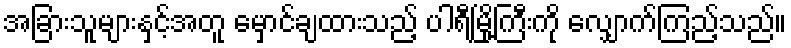
အခြားသူများနှင့်အတူ မှောင်ချထားသည့် ပါရီမြို့ကြီးကို လျှောက်ကြည့်သည်။